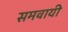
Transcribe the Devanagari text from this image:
समवायी